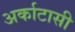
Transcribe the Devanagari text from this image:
अर्काटासी